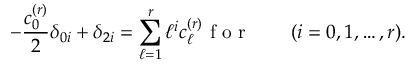
- \frac { c _ { 0 } ^ { ( r ) } } { 2 } \delta _ { 0 i } + \delta _ { 2 i } = \sum _ { \ell = 1 } ^ { r } \ell ^ { i } c _ { \ell } ^ { ( r ) } \mathrm { ~ f ~ o ~ r ~ } \qquad ( i = 0 , 1 , \dots , r ) .